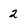
Character: 2